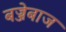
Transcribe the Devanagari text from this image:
बज्जेबाज